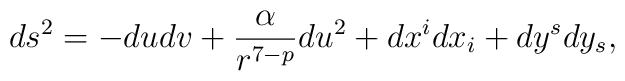
ds^{2}=-dudv+\frac{\alpha}{r^{7-p}}du^{2}+dx^{i}dx_{i}+dy^{s}dy_{s},